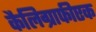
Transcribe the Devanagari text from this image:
कैलिग्राफीएक